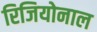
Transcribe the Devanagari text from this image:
रिजियोनाल